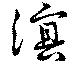
溟